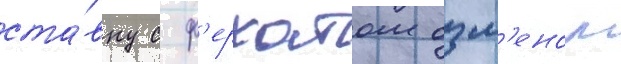
ста́вку с ф'ерхатом озм'еном